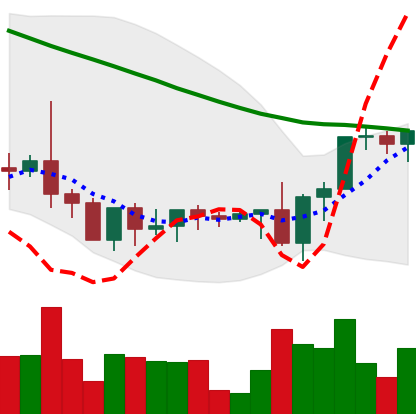
Ticker: XRP-USD
Chart end date: 2022-09-12
Forward return: 4.885%
Label: up_3_5